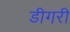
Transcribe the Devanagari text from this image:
डीगरी